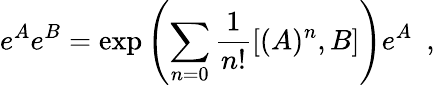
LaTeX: e^{A}e^{B}=\exp\left(\sum_{n=0}\frac{1}{n!}[(A)^{n},B]\right)e^{A}~~,